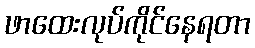
ဖာထေးလုပ်ကိုင်နေရတာ